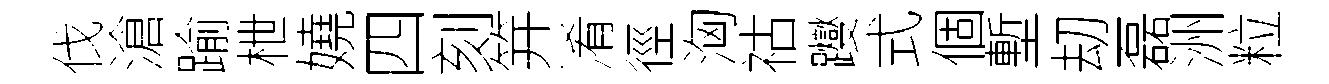
伐滄踰枻嬈四刻笄淆徑洶祜躞式個塹刧磊洲粒